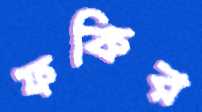
ফকির